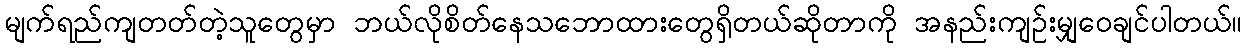
မျက်ရည်ကျတတ်တဲ့သူတွေမှာ ဘယ်လိုစိတ်နေသဘောထားတွေရှိတယ်ဆိုတာကို အနည်းကျဉ်းမျှဝေချင်ပါတယ်။